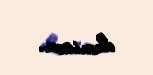
demisən.